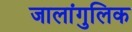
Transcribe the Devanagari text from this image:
जालांगुलिक